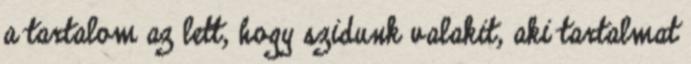
a tartalom az lett, hogy szidunk valakit, aki tartalmat